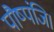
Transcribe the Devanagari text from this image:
पौष्पंजि।